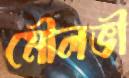
মৌলভী